Papaver somniferum - Opium : an extract from the sixth volume of the Dictionary of Economic Products of India
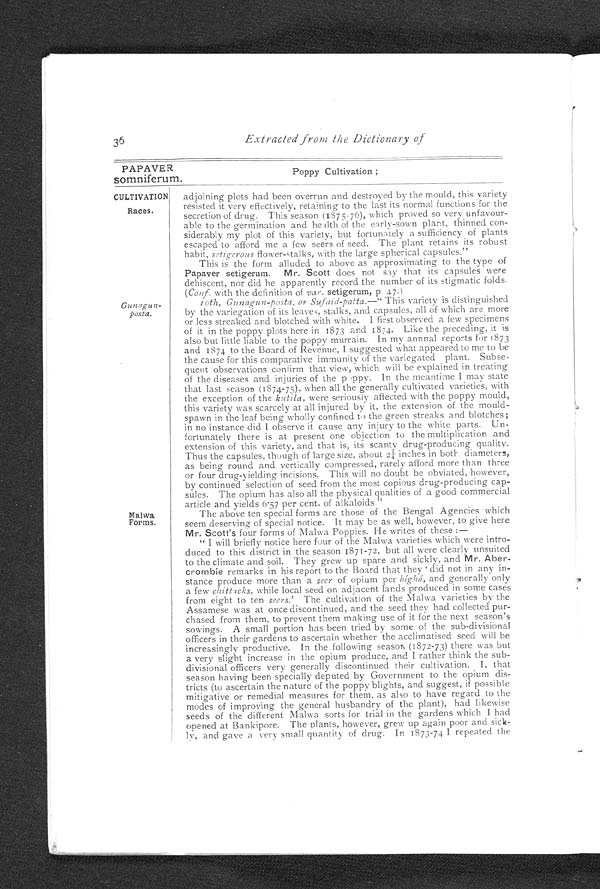
36
Extracted from the Dictionary of
PAPAVER
Poppy Cultivation ;
somniferum.
CULTIVATION
Races.
Gunagun-
posta.
Malwa
Forms.
adjoining plots had been overrun and destroyed by the mould, this variety
resisted it very effectively, retaining to the last its normal functions for the
secretion of drug. This season (1875-76), which proved so very unfavour
-
able to the germination and health of the early-sown plant, thinned con
-
siderably my plot of this variety, but fortunately a sufficiency of plants
escaped to afford me a few seers of seed. The plant retains its robust
habit, setigerous flower-stalks, with the large spherical capsules."
This is the form alluded to above as approximating to the type of
Papaver setigerum.
Mr. Scott does not say that its capsules were
dehiscent, nor did he apparently record the number of its stigmatic folds.
(Conf. with the definition of var. setigerum, p 47.)
10th, Gunagun-posta, or Sufaid-patta. &#x2014;" This variety is distinguished
by the variegation of its leaves, stalks, and capsules, all of which are more
or less streaked and blotched with white. I first observed a few specimens
of it in the poppy plots here in 1873 and 1874. Like the preceding, it is
also but little liable to the poppy murrain. In my annnal reports for 1873
and 1874 to the Board of Revenue, I suggested what appeared to me to be
the cause for this comparative immunity of the variegated plant. Subse
-
quent observations confirm that view, which will be explained in treating
of the diseases and injuries of the poppy. In the meantime I may state
that last season (1874-75), when all thegenerally cultivated varieties, with
the exception of the kutila, were seriously affected with the poppy mould,
this variety was scarcely at all injured by it, the extension of the mould-
spawn in the leaf being wholly confined to the green streaks and blotches;
in no instance did I observe it cause any injury to the white parts. Un
-
fortunately there is at present one objection to the multiplication and
extension of this variety, and that is, its scanty drug-producing quality.
Thus the capsules, though of large size, about 2¼ inches in both diameters,
as being round and vertically compressed, rarely afford more than three
or four drug-yielding incisions. This will no doubt be obviated, however,
by continued selection of seed from the most copious drug-producing cap
-
sules. The opium has also ail the physical qualities of a good commercial
article and yields 6.57 per cent. of alkaloids."
The above ten special forms are those of the Bengal Agencies which
seem deserving of special notice. It may be as well, however, to give here
Mr. Scott's four forms of Malwa Poppies. He writes of these :
—
"I will briefly notice here four of the Malwa varieties which were intro
-
duced to this district in the season 1871-72, but all were clearly unsuited
to the climate and soil. They grew up spare and sickly, and Mr. Aber
-
crombie remarks in his report to the Board that they 'did not in any in
-
stance produce more than a seer of opium per bíghá, and generally only
a few chittacks, while local seed on adjacent lands produced in some cases
from eight to ten seers.' The cultivation of the Malwa varieties by the
Assamese was at once discontinued, and the seed they had collected pur
-
chased from them, to prevent them making use of it for the next season's
sowings. A small portion has been tried by some of the sub-divisional
officers in their gardens to ascertain whether the acclimatised seed will be
increasingly productive. In the following season (1872-73) there was but
a very slight increase in the opium produce, and I rather think the sub-
divisional officers very generally discontinued their cultivation. I, that
season having been specially deputed by Government to the opium dis
-tricts (to ascertain the nature of the poppy blights, and suggest, if possible
mitigative or remedial measures for them, as also to have regard to the
modes of improving the general husbandry of the plant), had likewise
seeds of the different Malwa sorts for trial in the gardens which I had
opened at Bankipore. The plants, however, grew up again poor and sick
-
ly, and gave a very small quantity of drug. In 1873-74 I repeated the